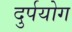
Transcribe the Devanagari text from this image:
दुर्पयोग